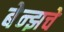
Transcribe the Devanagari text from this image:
बेन्झचे